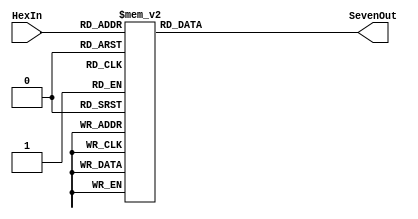
module hexdecoder(HexIn, SevenOut);
	input [3:0] HexIn;
	output reg [0:6] SevenOut;
	
	always @(*)
		case(HexIn)
			0:	SevenOut <= 7'b1001111; //1
			1:	SevenOut <= 7'b0010010; //2
			2:	SevenOut <= 7'b0000110; //3
			3:	SevenOut <= 7'b0001000; //A
			4:	SevenOut <= 7'b1001100; //4
			5:	SevenOut <= 7'b0100100; //5
			6:	SevenOut <= 7'b0100000; //6
			7:	SevenOut <= 7'b1100000; //B
			8:	SevenOut <= 7'b0011111; //7
			9:	SevenOut <= 7'b0000000; //8
			10:SevenOut <= 7'b0001100; //9
			11:SevenOut <= 7'b0110001; //C
			12:SevenOut <= 7'b0111000; //F instead of *
			13:SevenOut <= 7'b0000001; //0
			14:SevenOut <= 7'b0110000; //E instead of #
			15:SevenOut <= 7'b1000010; //D
			default: SevenOut <= 7'b0000000;
		endcase
endmodule